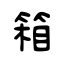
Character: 箱